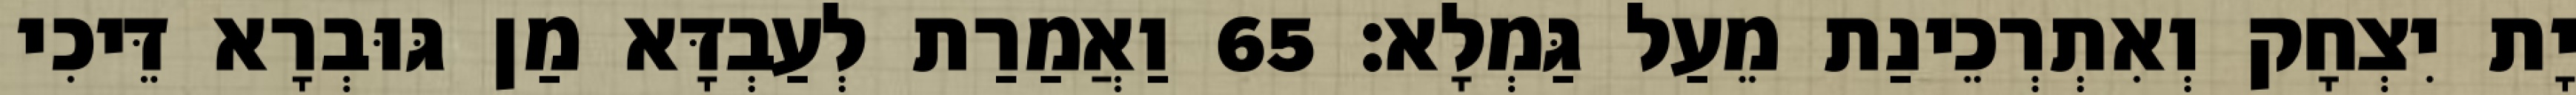
יָת יִצְחָק וְאִתְרְכֵינַת מֵעַל גַּמְלָא׃ 65 וַאֲמַרַת לְעַבְדָּא מַן גּוּבְרָא דֵּיכִי